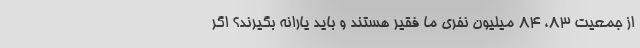
از جمعیت ۸۳، ۸۴ میلیون نفری ما فقیر هستند و باید یارانه بگیرند؟ اگر